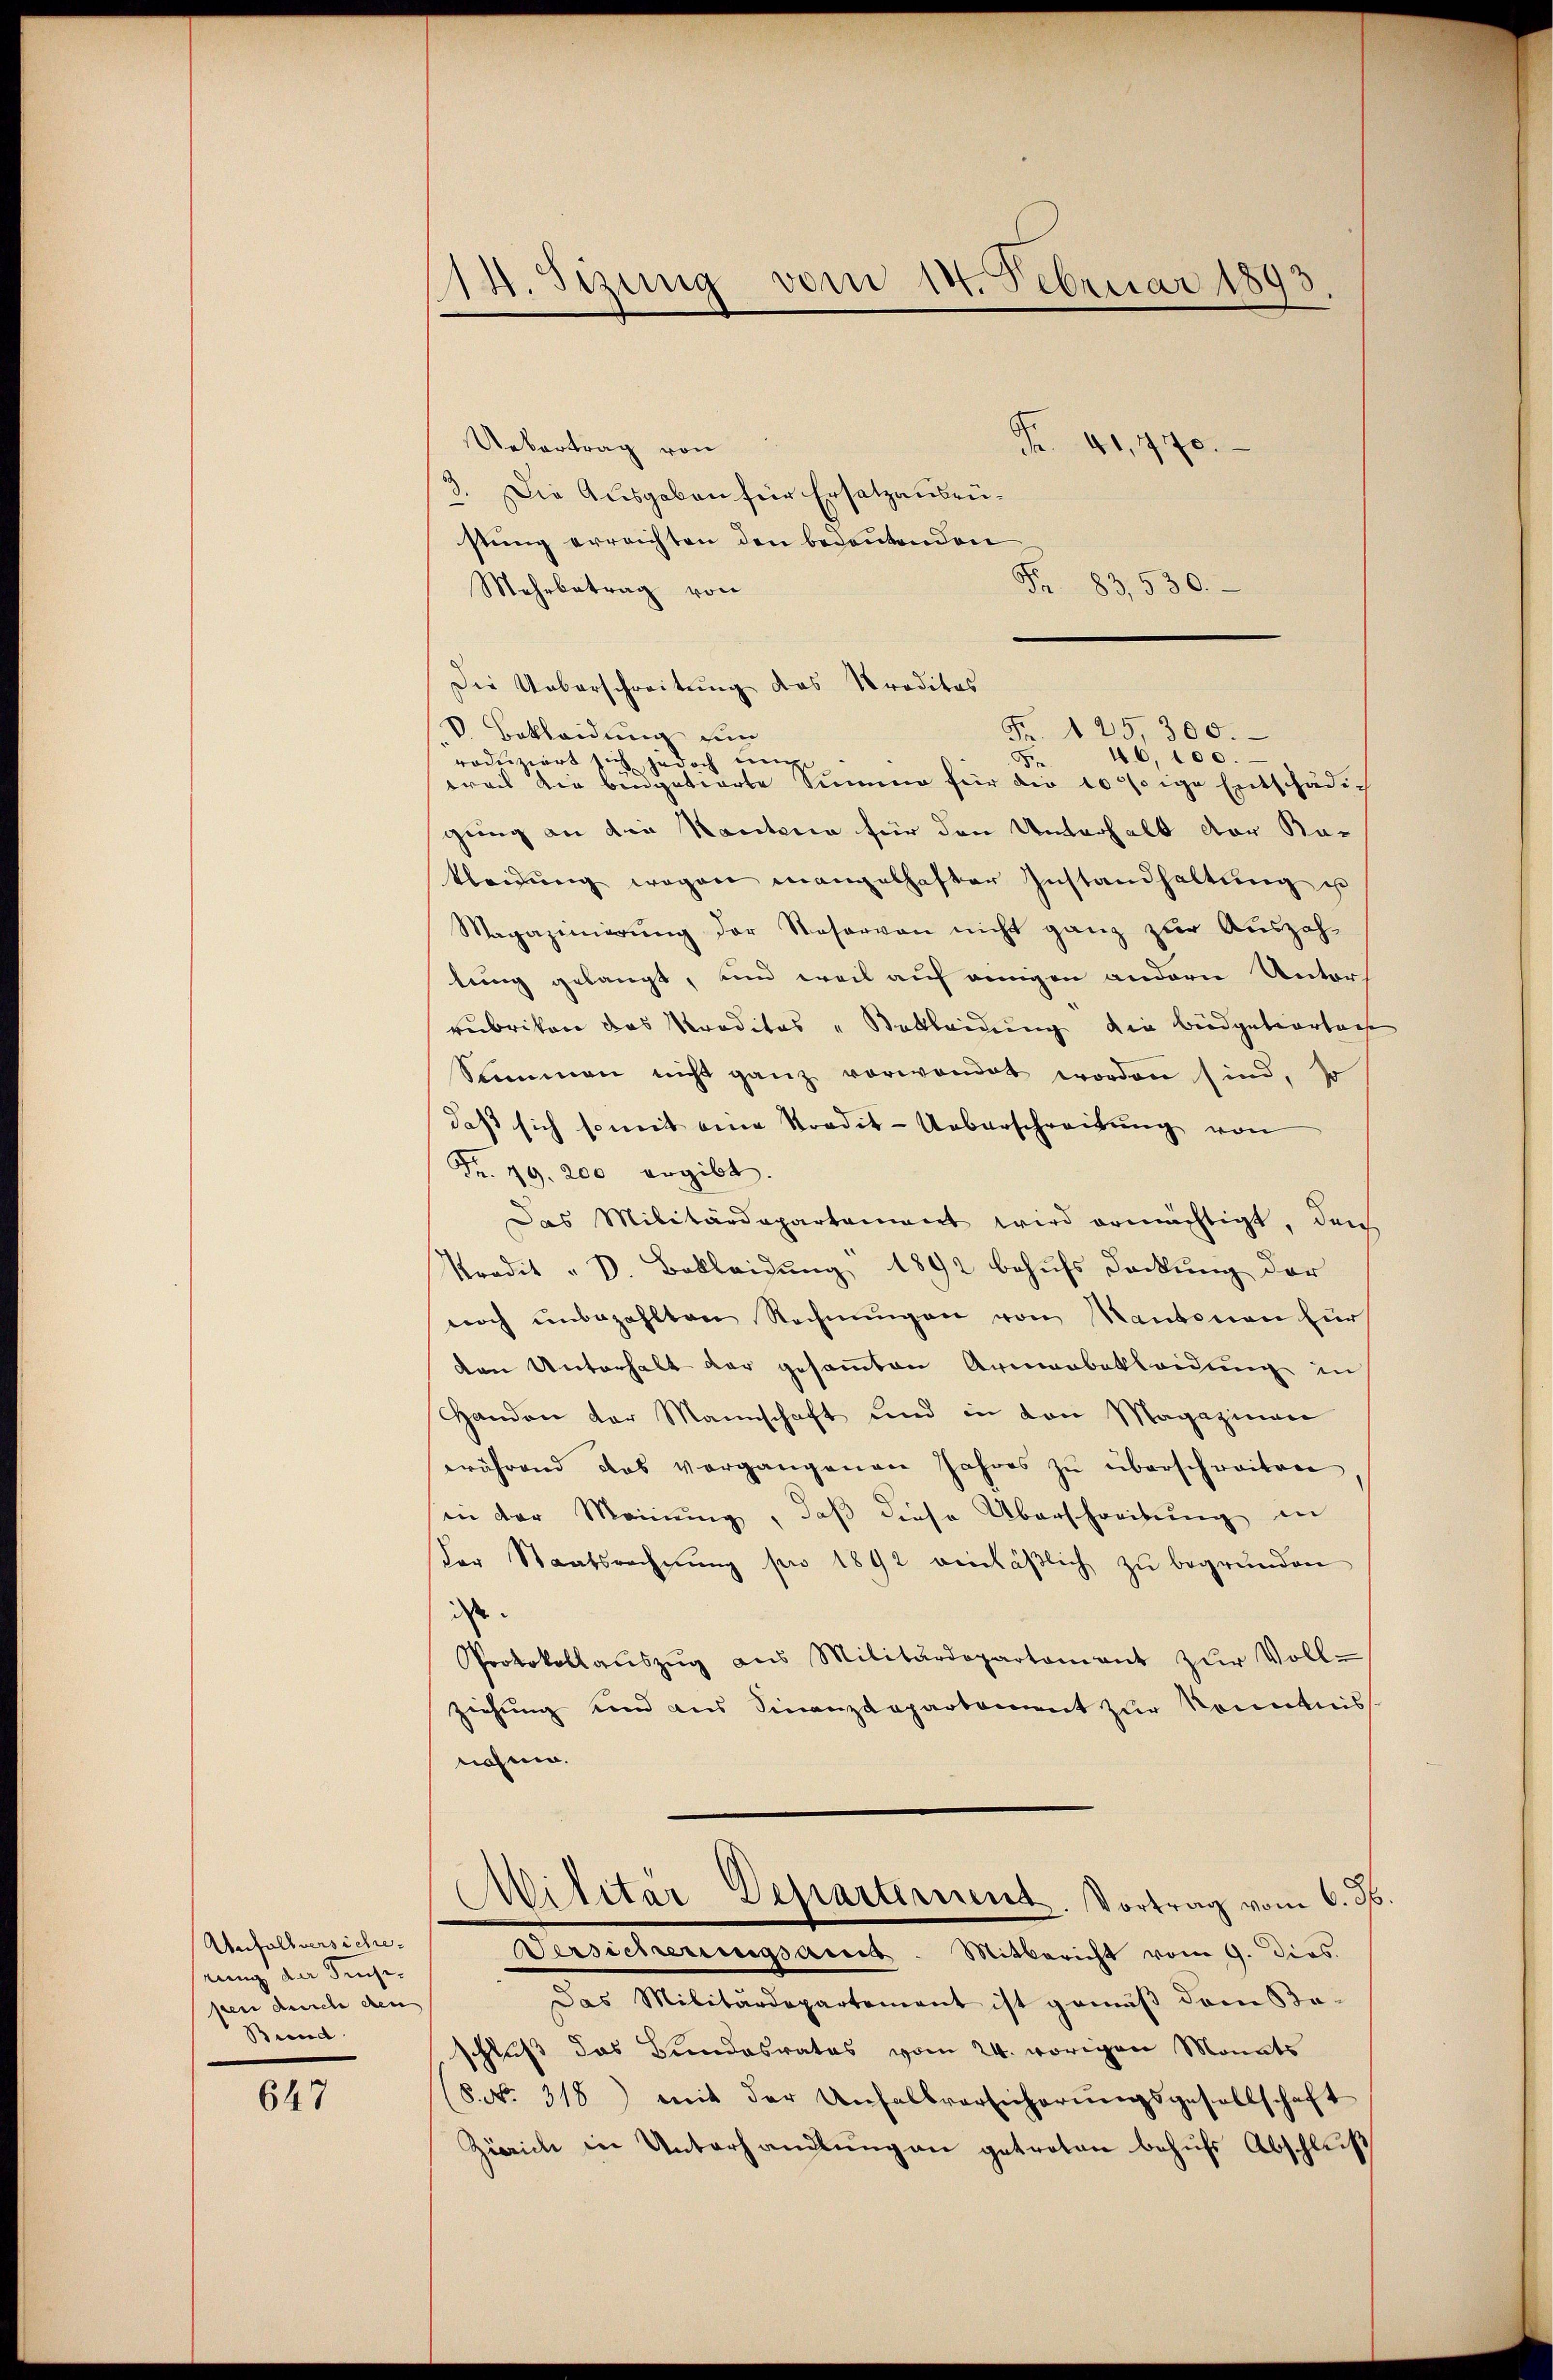
Anfallversicherung der Inse-
sten durch den
Bund

647

vom 14. Februar 1893
114. Sizung

Uebertrag von
Fr. 41,770.
3. Die Ausgaben für Ersatzansrüstung erreichten den bedeutenden
Mehrbetrag von
Fr. 83. 530.
0 Bekleidung un
roduziert sich jedoch un
breis die beipatierte Summe für die 10 sige Entschädig
gung an die Kantona für den Unterhalt der Ka-
kleidŭng wegen mangelhafter Instandhaltŭng u
Magazinierŭng der Reservon nicht ganz zur Auszah-
tung gelangt, und weil auf einigen andern Unter
rubrikon das Kreditas und Bekleidung die Budgetiertage
Sommen nicht ganz vorwandet worden sind, so
daß sich soweit eine Tradik-Ueberschreitung von
Fr. 99. 200 ergibt.
Das Militärdepartement wird ermächtigt, den
Kredit " D. Bekleidŭng 1892 behŭfs Deckung der
noch unbezahlten Rechnŭngen von Kantonen für
den Unterhalt der gesammten Armenbekleidung in
Handen der Mannschaft und in von Magazinen
während das vorgangenen Jahres zu überschreiten
in der Meinung, daß diese Überschreibung in
der Staatsrechnŭng pro 1892 einläßlich zu begründen
is
Protokollaŭszŭg ans Militärdepartement zŭr Voll-
ziehung und aus Finanzdepartement zur Kenntniss
nahme.
Militär Departement. Vortrag vom 6. Jb.
Versicherungsant. Mitbericht vom 9. Dies.
Das Militärdepartement ist gemäβ dem Be-
schluß das Bundesrates vom 24. vorigen Monats
S. Nr. 318) mit der Unfallversicherŭngsgesellschaft
Zürich in Unterhandlung an getreten behufs Abschluß

Die Ueberschreitung das Kreditas

Fr. 125,300.
0,100.
d